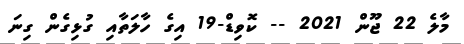
މާލެ 22 ޖޫން 2021 -- ކޮވިޑް-19 އިގެ ހާލަތާއި ގުޅިގެން ގިނަ